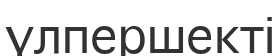
үлпершекті